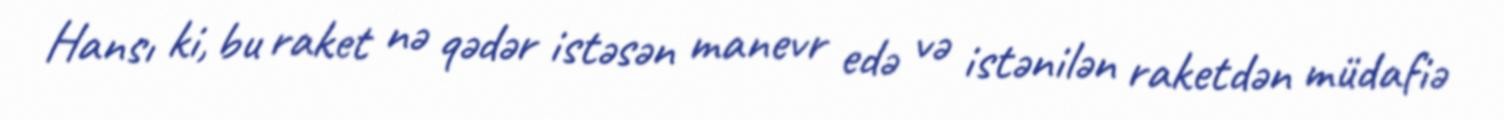
Hansı ki, bu raket nə qədər istəsən manevr edə və istənilən raketdən müdafiə